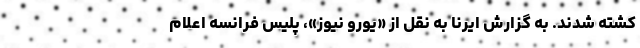
کشته شدند. به گزارش ایرنا به نقل از «یورو نیوز»، پلیس فرانسه اعلام